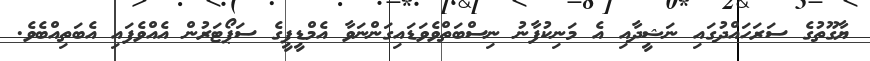
ޔާގޫތުގެ ސަރަހައްދުގައި ނަޝީދާއި އެ މަނިކުފާނު ނިސްބަތްވެވަޑައިގަންނަވާ އެމްޑީޕީގެ ސަޕޯޓަރުން އެއްވެފައި އެބަތިއްބެވެ.